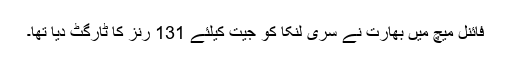
فائنل میچ میں بھارت نے سری لنکا کو جیت کیلئے 131 رنز کا ٹارگٹ دیا تھا۔